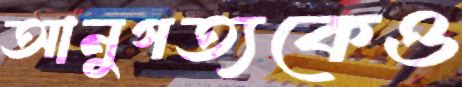
আনুগত্যকেও